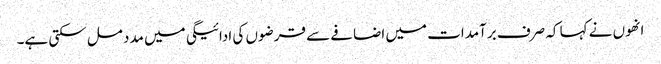
انھوں نے کہا کہ صرف برآمدات میں اضافے سے قرضوں کی ادائیگی میں مدد مل سکتی ہے۔